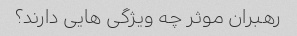
رهبران موثر چه ویژگی هایی دارند؟